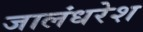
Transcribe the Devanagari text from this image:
जालंधरेश